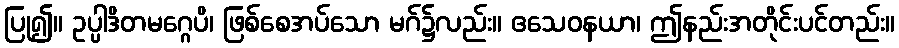
ပြု၍။ ဥပ္ပါဒိတမဂ္ဂေပိ၊ ဖြစ်စေအပ်သော မဂ်၌လည်း။ ဧသေဝနယာ၊ ဤနည်းအတိုင်းပင်တည်း။